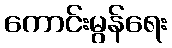
ကောင်းမွန်ရေး